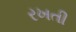
રખતી